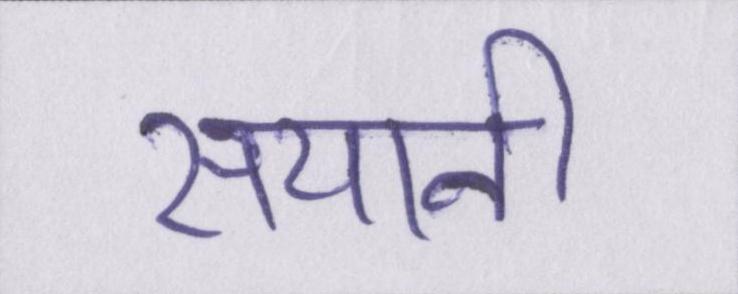
सयानी